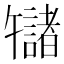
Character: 𫧬